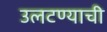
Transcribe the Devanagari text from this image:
उलटण्याची